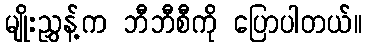
မျိုးညွှန့်က ဘီဘီစီကို ပြောပါတယ်။